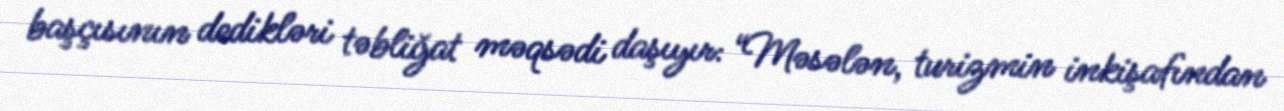
başçısının dedikləri təbliğat məqsədi daşıyır: “Məsələn, turizmin inkişafından